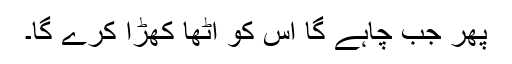
پھر جب چاہے گا اس کو اٹھا کھڑا کرے گا۔